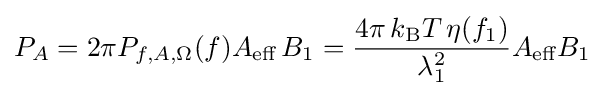
P_{A}=2\pi P_{f,A,\Omega }(f)A_{\text{eff}}\,B_{1}={\frac {4\pi \,k_{\text{B}}T\,\eta (f_{1})}{\lambda _{1}^{2}}}A_{\text{eff}}B_{1}